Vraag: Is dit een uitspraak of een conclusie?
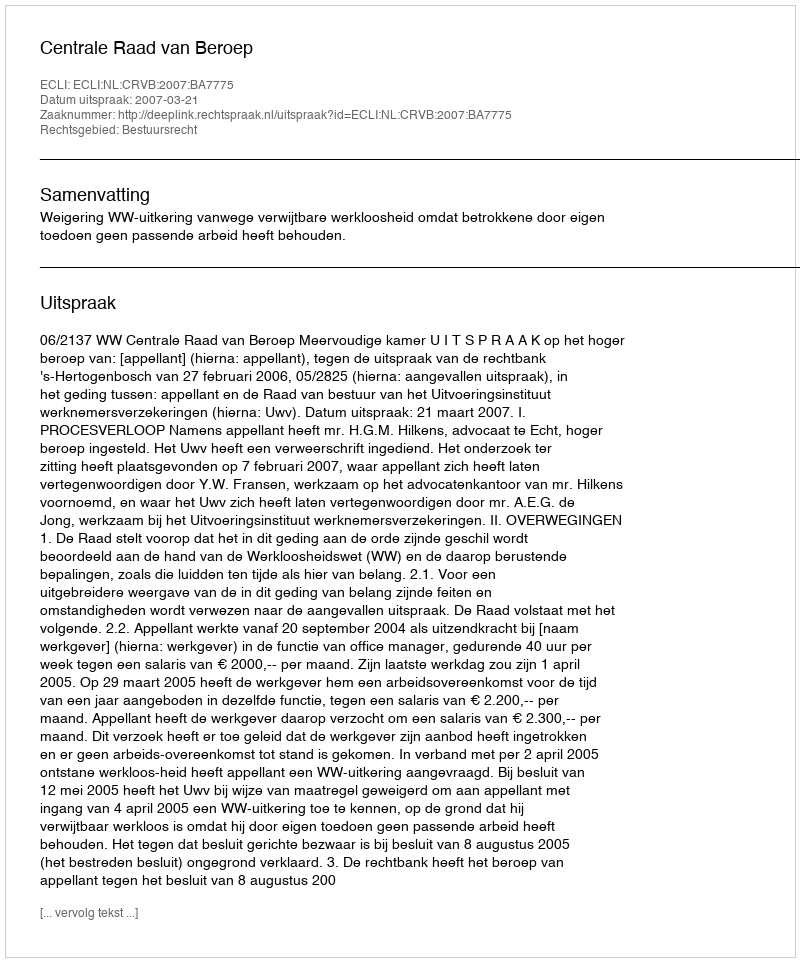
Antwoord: Uitspraak